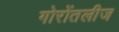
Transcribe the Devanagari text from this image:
गोरोंतलीज